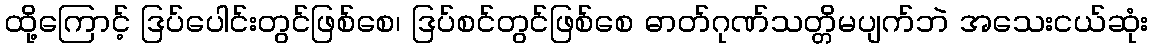
ထို့ကြောင့် ဒြပ်ပေါင်းတွင်ဖြစ်စေ၊ ဒြပ်စင်တွင်ဖြစ်စေ ဓာတ်ဂုဏ်သတ္တိမပျက်ဘဲ အသေးငယ်ဆုံး